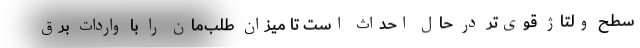
سطح ولتاژ قوی‌تر در حال احداث است تا میزان طلب‌مان را با واردات برق